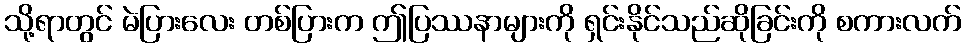
သို့ရာတွင် မဲပြားလေး တစ်ပြားက ဤပြဿနာများကို ရှင်းနိုင်သည်ဆိုခြင်းကို စကားလက်